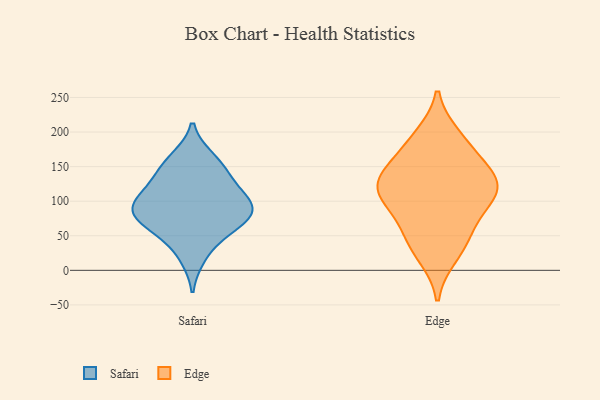
{"axis": {"x": "Conversion Rate (%)", "y": "Value"}, "legend": ["Edge", "Safari"], "data": [{"x": "", "y": 89, "type": "Safari"}, {"x": "", "y": 92, "type": "Safari"}, {"x": "", "y": 64, "type": "Safari"}, {"x": "", "y": 103, "type": "Safari"}, {"x": "", "y": 50, "type": "Safari"}, {"x": "", "y": 19, "type": "Safari"}, {"x": "", "y": 131, "type": "Safari"}, {"x": "", "y": 108, "type": "Safari"}, {"x": "", "y": 162, "type": "Safari"}, {"x": "", "y": 76, "type": "Safari"}, {"x": "", "y": 135, "type": "Safari"}, {"x": "", "y": 156, "type": "Safari"}, {"x": "", "y": 72, "type": "Safari"}, {"x": "", "y": 90, "type": "Safari"}, {"x": "", "y": 21, "type": "Edge"}, {"x": "", "y": 103, "type": "Edge"}, {"x": "", "y": 194, "type": "Edge"}, {"x": "", "y": 46, "type": "Edge"}, {"x": "", "y": 119, "type": "Edge"}, {"x": "", "y": 95, "type": "Edge"}, {"x": "", "y": 57, "type": "Edge"}, {"x": "", "y": 111, "type": "Edge"}, {"x": "", "y": 133, "type": "Edge"}, {"x": "", "y": 182, "type": "Edge"}, {"x": "", "y": 148, "type": "Edge"}, {"x": "", "y": 139, "type": "Edge"}]}